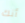
أنك